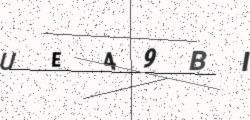
Text: UE49BI